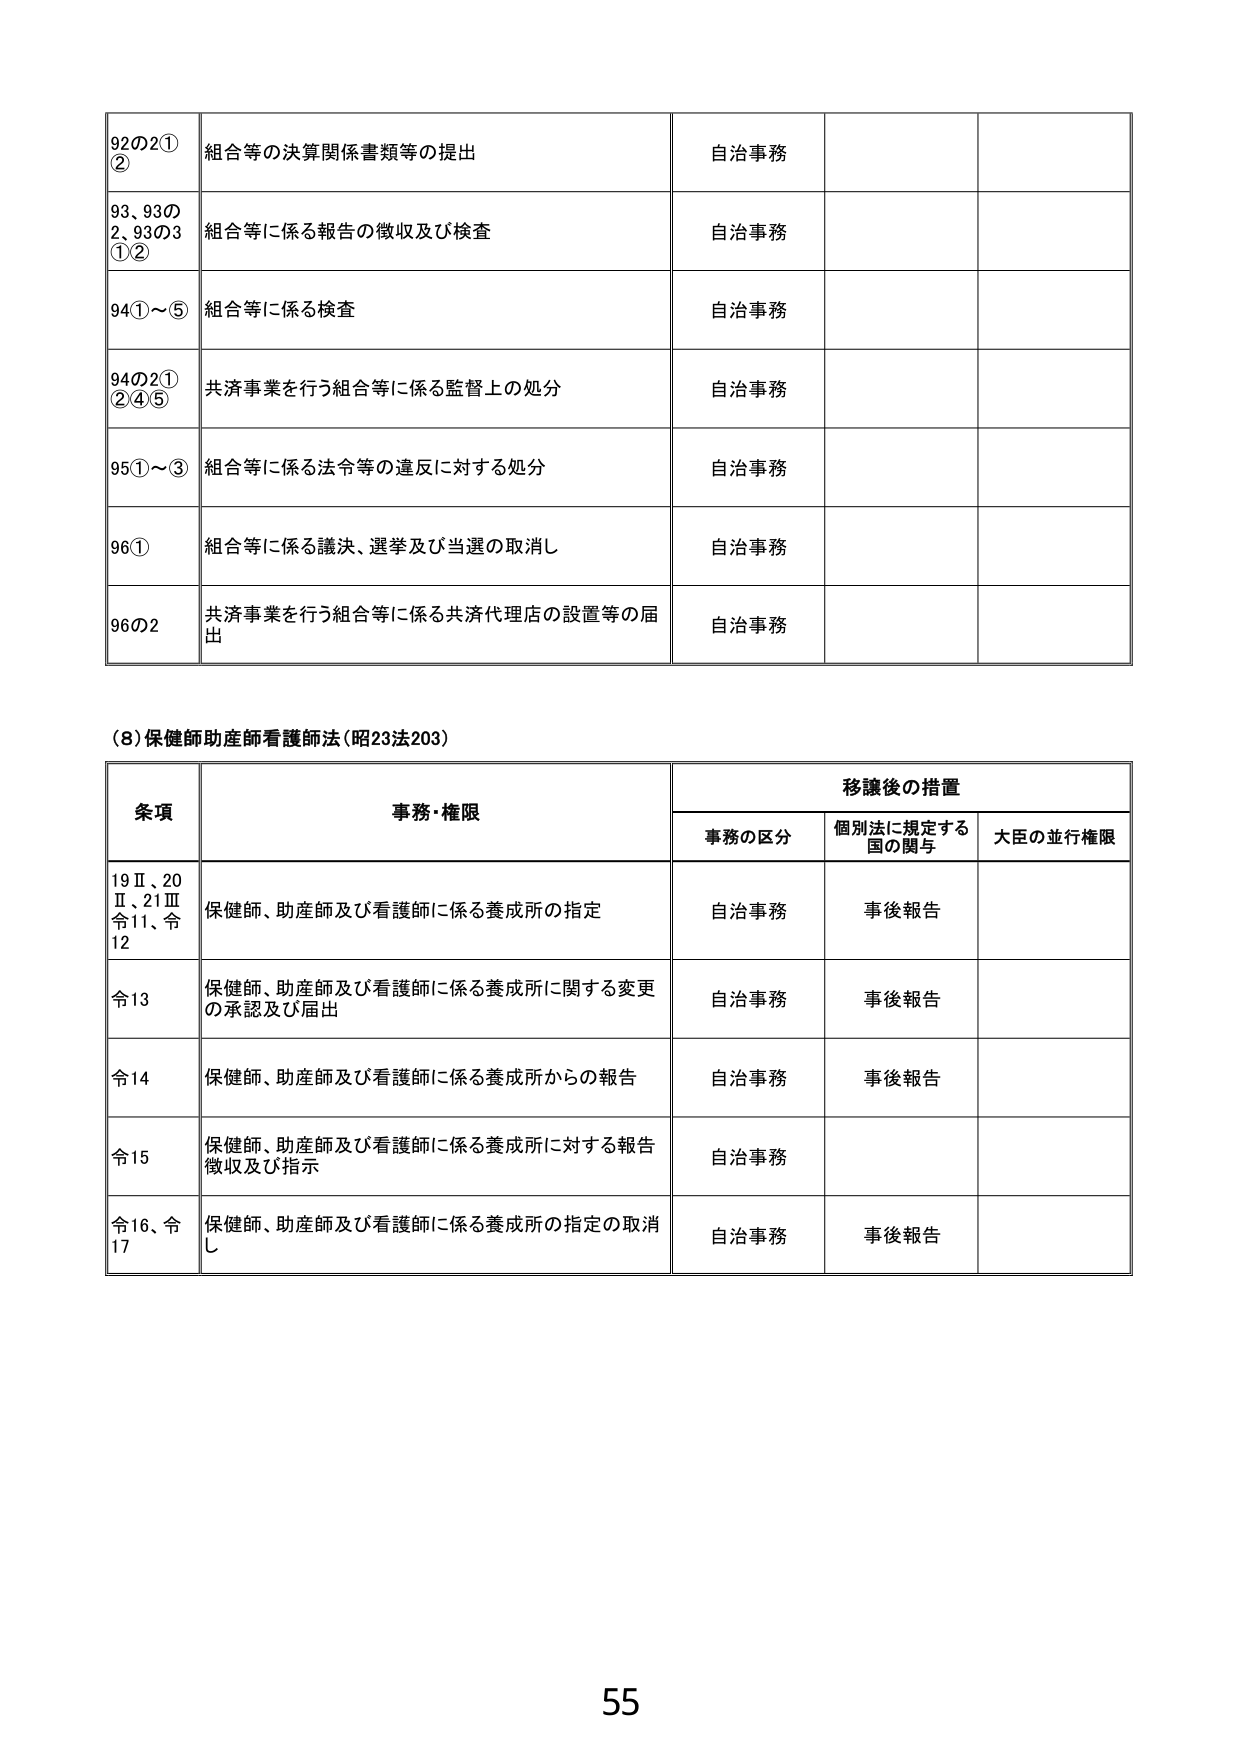
92の2①② 組合等の決算関係書類等の提出 自治事務
93、93の2、93の3①② 組合等に係る報告の徴収及び検査 自治事務
94①～⑤ 組合等に係る検査 自治事務
94の2①②④⑤ 共済事業を行う組合等に係る監督上の処分 自治事務
95①～③ 組合等に係る法令等の違反に対する処分 自治事務
96① 組合等に係る議決、選挙及び当選の取消し 自治事務
96の2 共済事業を行う組合等に係る共済代理店の設置等の届出 自治事務

(8)保健師助産師看護師法（昭23法203）

条項 事務・権限 移譲後の措置
　　事務の区分 個別法に規定する国の関与 大臣の並行権限
19Ⅱ、20Ⅱ、21Ⅲ令11、令12 保健師、助産師及び看護師に係る養成所の指定 自治事務 事後報告
令13 保健師、助産師及び看護師に係る養成所に関する変更の承認及び届出 自治事務 事後報告
令14 保健師、助産師及び看護師に係る養成所からの報告 自治事務 事後報告
令15 保健師、助産師及び看護師に係る養成所に対する報告徴収及び指示 自治事務
令16、令17 保健師、助産師及び看護師に係る養成所の指定の取消し 自治事務 事後報告

55